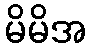
မိမိအ